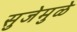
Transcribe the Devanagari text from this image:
सुजेमुळे